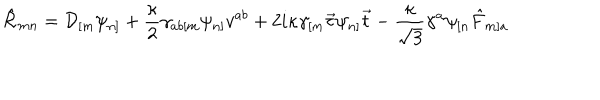
\hat { \cal R } _ { m n } = { \cal D } _ { [ m } \psi _ { n ] } + \frac { \kappa } { 2 } \gamma _ { a b [ m } \psi _ { n ] } v ^ { a b } + 2 i \kappa \gamma _ { [ m } \vec { \tau } \psi _ { n ] } \vec { t } - \frac { \kappa } { \sqrt { 3 } } \gamma ^ { a } \psi _ { [ n } \hat { F } _ { m ] a }